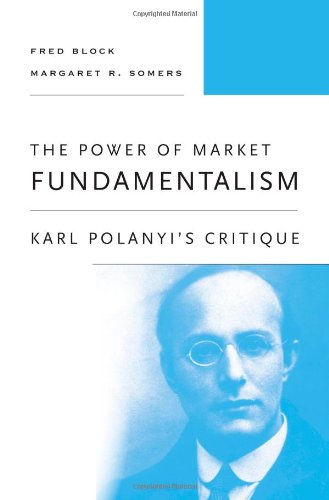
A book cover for The Power of Market Fundamentalism: Karl Polanyi's Critique; Fred Block; Business & Money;